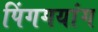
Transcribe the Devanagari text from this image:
पिंगगयांग